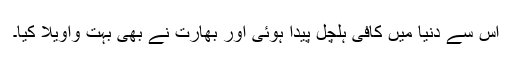
اس سے دنیا میں کافی ہلچل پیدا ہوئی اور بھارت نے بھی بہت واویلا کیا۔